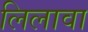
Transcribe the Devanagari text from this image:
लिलावा